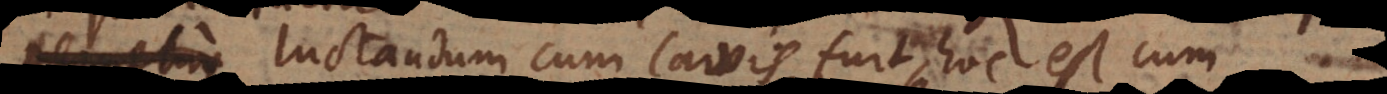
luctandum cum larvis fuit, hoc est cum